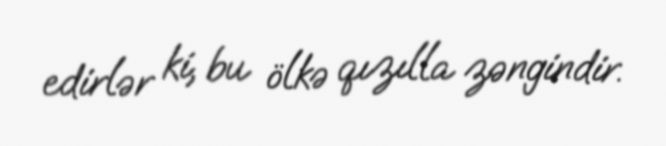
edirlər ki, bu ölkə qızılla zəngindir.